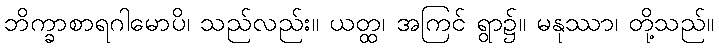
ဘိက္ခာစာရဂါမောပိ၊ သည်လည်း။ ယတ္ထ၊ အကြင် ရွာ၌။ မနုဿာ၊ တို့သည်။